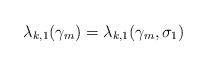
LaTeX: \begin{align*}\lambda_{k,1}(\gamma_m) = \lambda_{k,1}(\gamma_m, \sigma_1)\end{align*}